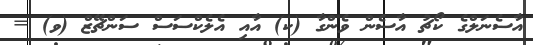
އާސެނަލްގެ ކޯޗު އާސެން ވެންގާ (ކ) އާއި އެލެކްސަސް ސަންޗޭޒް (ވ) =